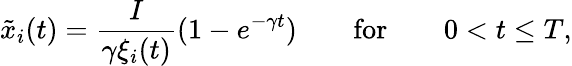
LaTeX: \tilde{x}_{i}(t)=\frac{I}{\gamma\xi_{i}(t)}(1-e^{-\gamma t})\qquad\mathrm{for}\qquad 0<t\leq T,